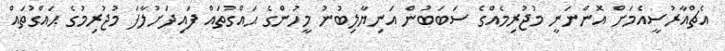
އެޗްއާރުސީއެމަށް އޮންނަނީ މުޖުރިމެއްގެ ސަބަބުން އަނިޔާލިބުނު މީހުންގެ ޙައްގުތައް ފައިދަށުލާފަ މުޖުރިމުގެ ޙައްގުތައް